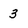
Character: 3